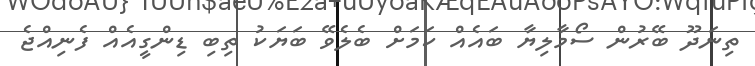
ތިނަދޫ ބޭރުން ސޯމާލިޔާ ބައެއް ކަމަށް ބެލެވޭ ބަޔަކު ތިބި ޑިންގީއެއް ފެނިއްޖެ